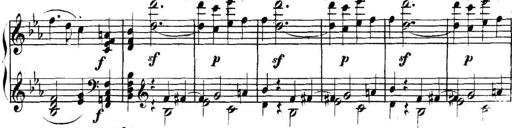
Title: Collected Piano Sonatas
Composer: Muzio Clementi